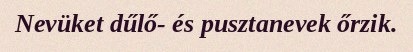
Nevüket dűlő- és pusztanevek őrzik.